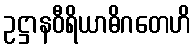
ဥဋ္ဌာနဝီရိယာဓိဂတေဟိ